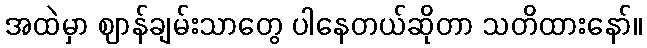
အထဲမှာ ဈာန်ချမ်းသာတွေ ပါနေတယ်ဆိုတာ သတိထားနော်။